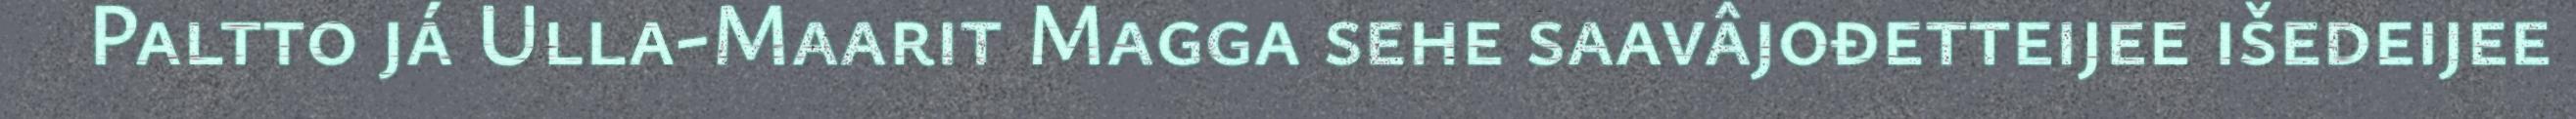
Paltto já Ulla-Maarit Magga sehe saavâjođetteijee išedeijee